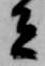
者